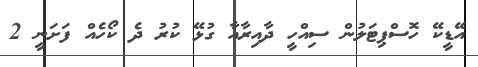
އޭޑީކޭ ހޮސްޕިޓަލުން ސިއްހީ ދާއިރާއާ ގުޅޭ ކުރު ދެ ކޯހެއް ފަށަނީ 2